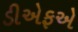
ડીએફએ